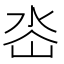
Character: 𭖜